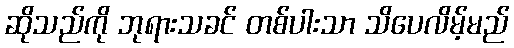
ဆိုသည်ကို ဘုရားသခင် တစ်ပါးသာ သိပေလိမ့်မည်